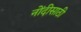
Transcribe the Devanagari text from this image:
नोंदीसाठी